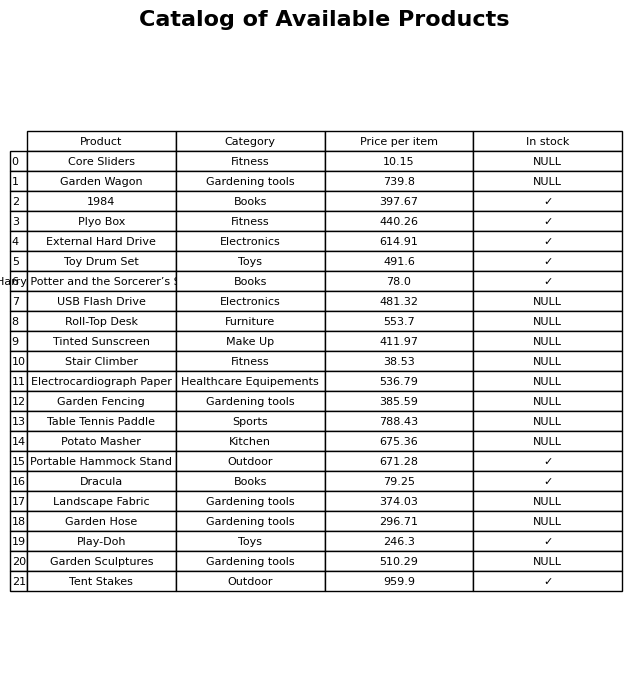
question: What is the price of the 1984?
answer: The price of 1984 is 397.67.